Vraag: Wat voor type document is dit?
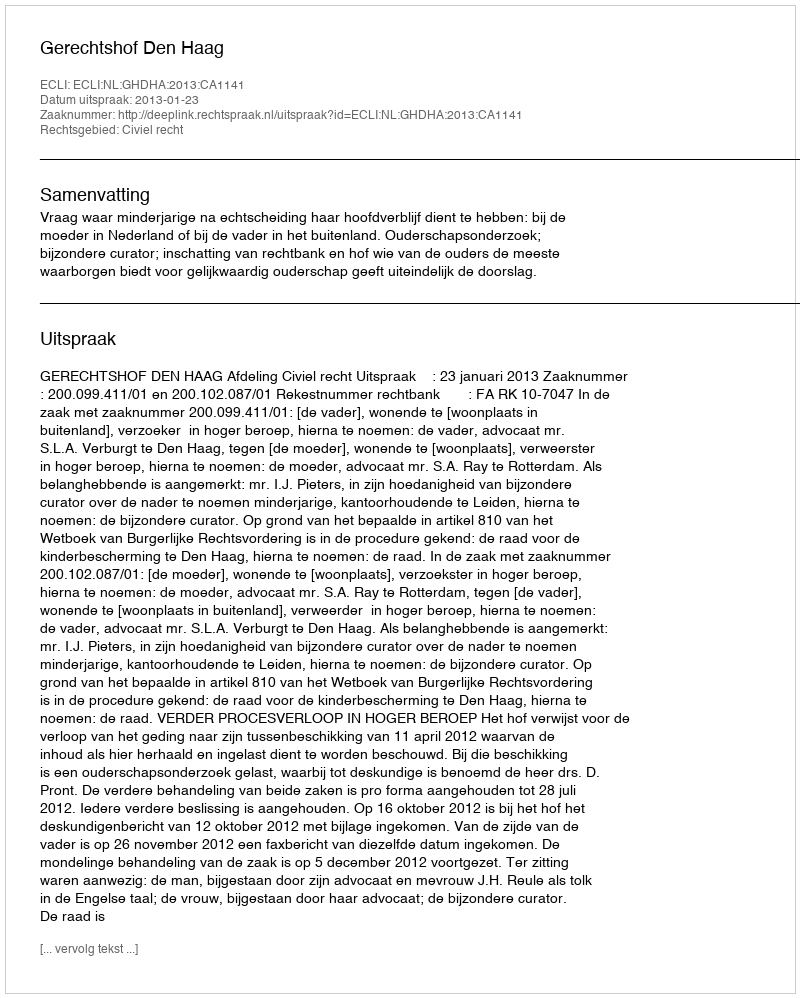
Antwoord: Uitspraak